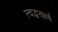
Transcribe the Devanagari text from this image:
त्वद्भक्त्यर्थं